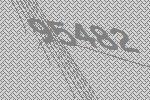
95482